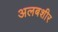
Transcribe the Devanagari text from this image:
अलबशीर